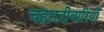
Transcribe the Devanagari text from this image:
चहारदीवारियाँ